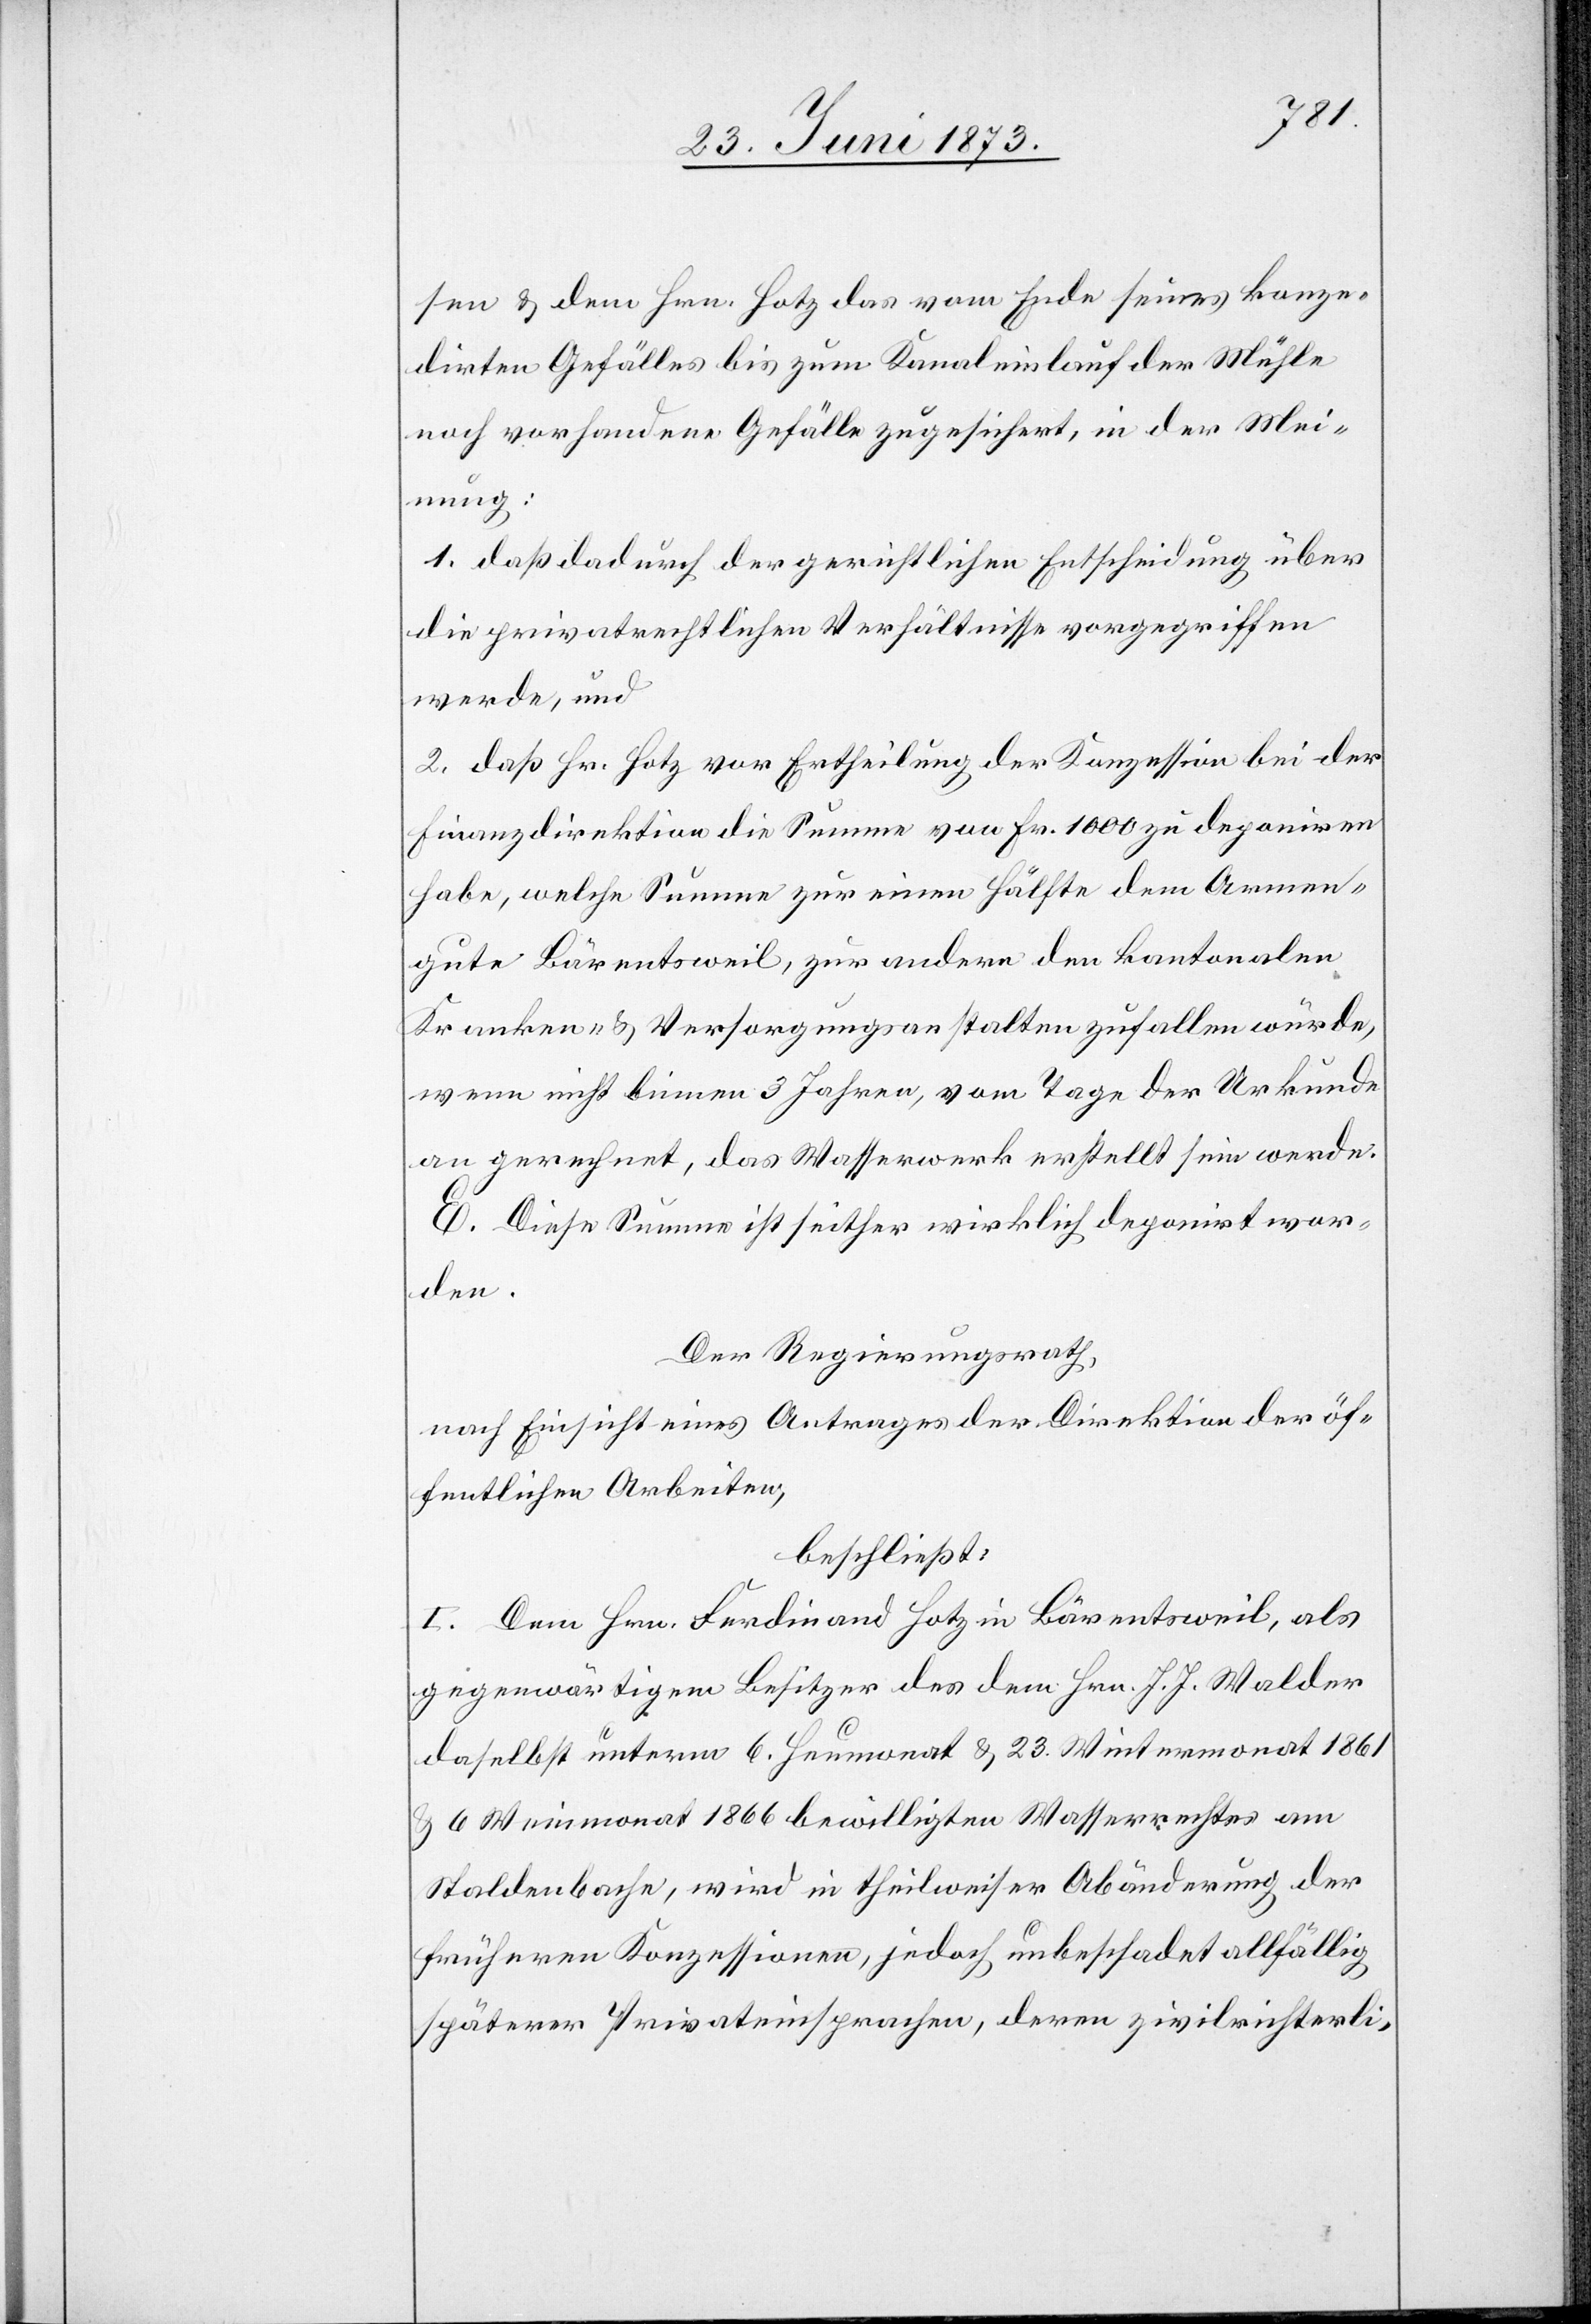
sen & dem Hrn. Hotz das vom Ende seines konze¬
dirten Gefälles bis zum Kanaleinlauf der Mühle
noch vorhandene Gefälle zugesichert, in der Mei¬
nung:
1. daß dadurch der gerichtlichen Entscheidung über
die privatrechtlichen Verhältnisse vorgegriffen
werde, und
2. daß Hr. Hotz vor Ertheilung der Konzession bei der
Finanzdirektion die Summe von Fr. 1 000 zu deponiren
habe, welche Summe zur einen Hälfte dem Armen¬
gute Bärentsweil, zur andern den kantonalen
Kranken- & Versorgungsanstalten zufallen würde,
wenn nicht binnen 3 Jahren, vom Tage der Urkunde
an gerechnet, das Wasserwerk erstellt sein werde.
E. Diese Summe ist seither wirklich deponirt wor¬
den.
Der Regierungsrath,
nach Einsicht eines Antrages der Direktion der öf¬
fentlichen Arbeiten,
beschließt:
I. Dem Hrn. Ferdinand Hotz in Bärentsweil, als
gegenwärtigem Besitzer des dem Hrn. J. J. Walder
daselbst unterm 6. Heumonat & 23. Wintermonat 1861
& 6 Weinmonat 1866 bewilligten Wasserrechtes am
Staldenbache, wird in theilweiser Abänderung der
früheren Konzessionen, jedoch unbeschadet allfällig
späterer Privateinsprachen, deren zivilrichterli-